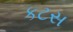
કટસ